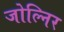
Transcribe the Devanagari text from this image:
जोल्निर